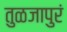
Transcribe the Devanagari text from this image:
तुळजापुरं